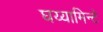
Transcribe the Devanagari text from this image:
घय्यामिन्टे